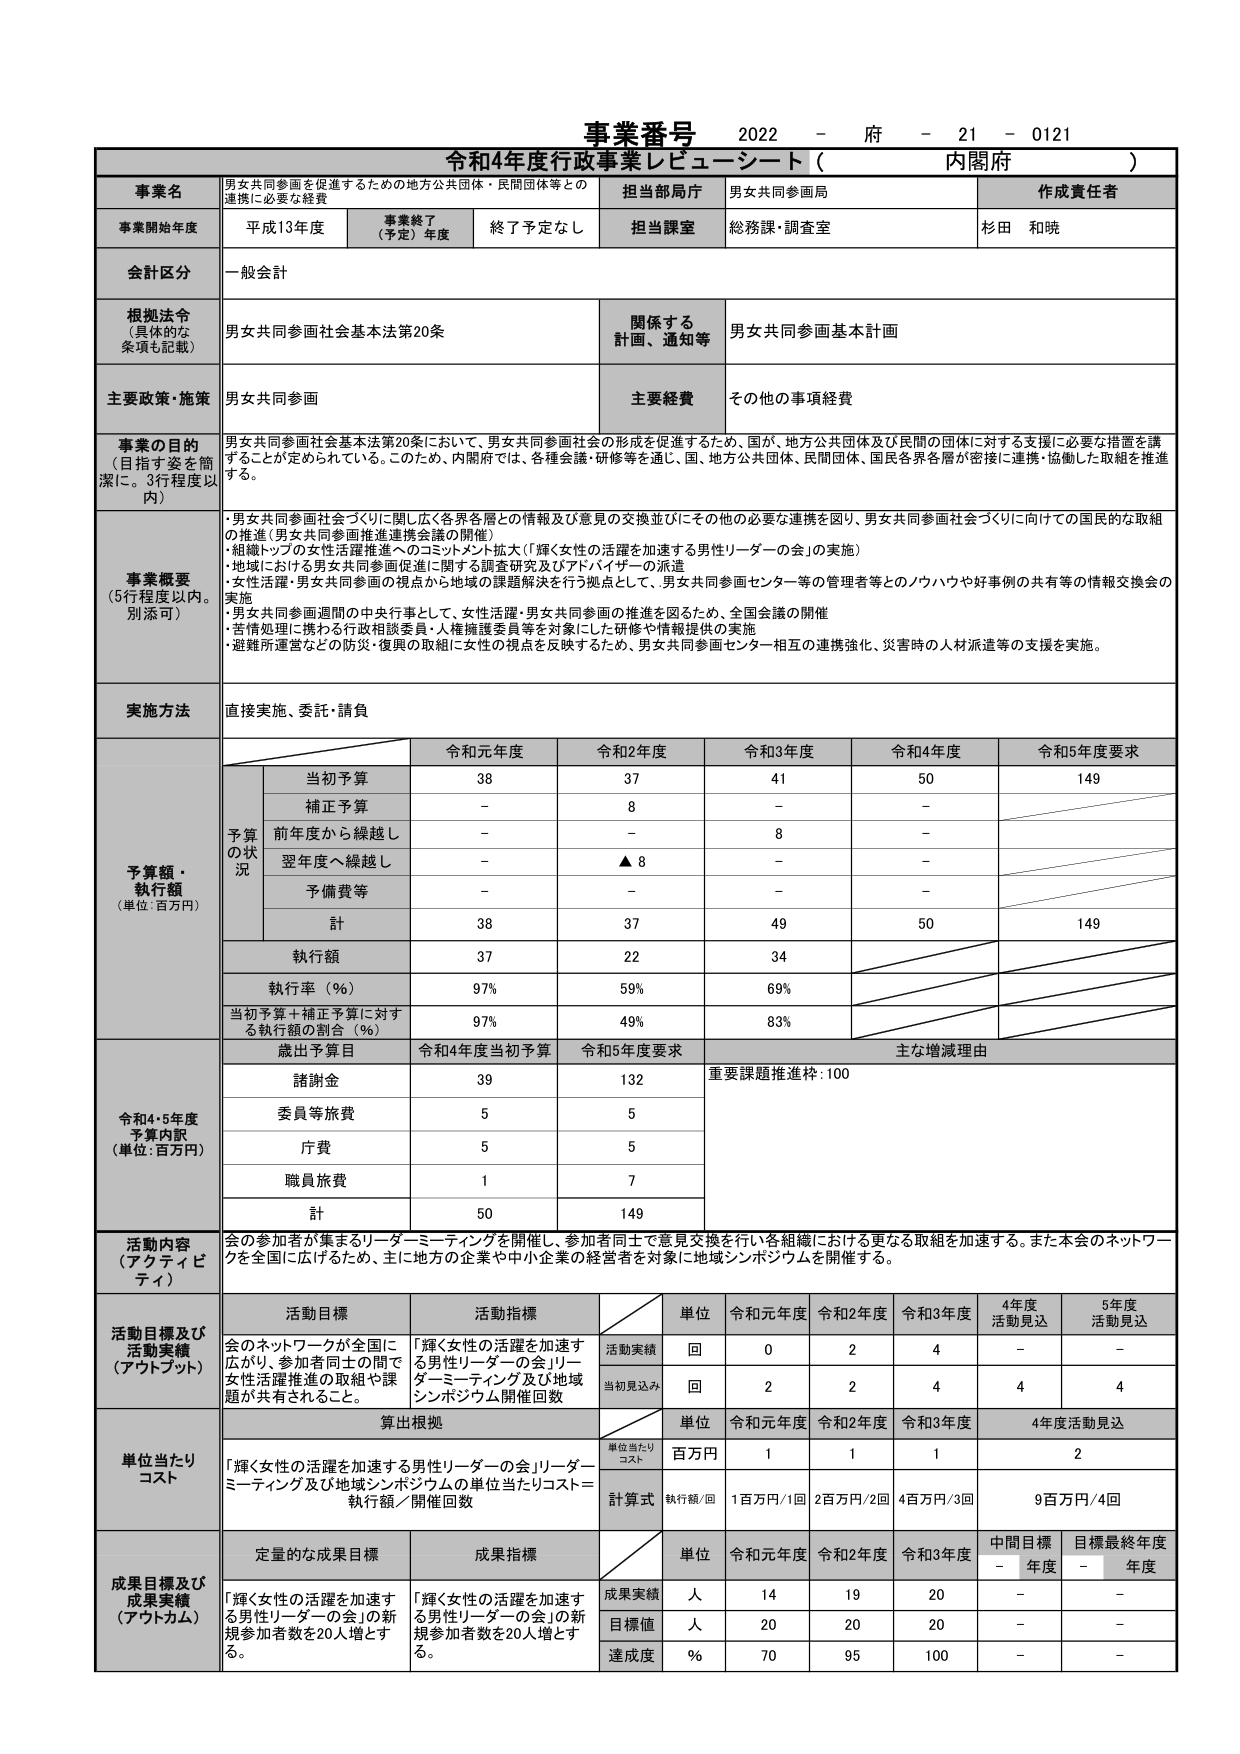
事業番号 2022 - 府 - 21 - 0121
令和4年度行政事業レビュー・シート（ 内閣府 ）

事業名 男女共同参画を促進するための地方公共団体・民間団体等との連携に必要な経費
担当部局庁 男女共同参画局
作成責任者 杉田 和暁

事業開始年度 平成13年度
事業終了（予定）年度 終了予定なし
担当課室 総務課・調査室

会計区分 一般会計

根拠法令（具体的な条項も記載） 男女共同参画社会基本法第20条
関係する計画、通知等 男女共同参画基本計画

主要政策・施策 男女共同参画
主要経費 その他の事項経費

事業の目的（目指す姿を簡潔に。3行程度以内）
男女共同参画社会基本法第20条において、男女共同参画社会の形成を促進するため、国が、地方公共団体及び民間の団体に対する支援に必要な措置を講ずることが定められている。このため、内閣府では、各種会議・研修等を通じ、国、地方公共団体、民間団体、国民各界各層が密接に連携・協働した取組を推進する。

事業概要（5行程度以内。別添可）
・男女共同参画社会づくりに関し広く各界各層との情報及び意見の交換並びにその他の必要な連携を図り、男女共同参画社会づくりに向けての国民的な取組の推進（男女共同参画推進連携会議の開催）
・組織トップの女性活躍推進へのコミットメント拡大（「輝く女性の活躍を加速する男性リーダーの会」の実施）
・地域における男女共同参画促進に関する調査研究及びアドバイザーの派遣
・女性活躍・男女共同参画の視点から地域の課題解決を行う拠点として、男女共同参画センター等の管理者等とのノウハウや好事例の共有等の情報交換会の実施
・男女共同参画週間の中央行事として、女性活躍・男女共同参画の推進を図るため、全国会議の開催
・苦情処理に携わる行政相談委員・人権擁護委員等を対象にした研修や情報提供の実施
・避難所運営などの防災・復興の取組に女性の視点を反映するため、男女共同参画センター相互の連携強化、災害時の人材派遣等の支援を実施。

実施方法 直接実施、委託・請負

予算額・執行額（単位：百万円）
予算の状況
令和元年度 令和2年度 令和3年度 令和4年度 令和5年度要求
当初予算 38 37 41 50 149
補正予算 - 8 - -
前年度から繰越し - - 8 -
翌年度へ繰越し - ▲8 - -
予備費等 - - - -
計 38 37 49 50 149
執行額 37 22 34
執行率（％） 97% 59% 69%
当初予算＋補正予算に対する執行額の割合（％） 97% 49% 83%

令和4・5年度予算内訳（単位：百万円）
歳出予算目 令和4年度当初予算 令和5年度要求 主な増減理由
諸謝金 39 132 重要課題推進枠：100
委員等旅費 5 5
庁費 5 5
職員旅費 1 7
計 50 149

活動内容（アクティビティ）
会の参加者が集まるリーダーミーティングを開催し、参加者同士で意見交換を行い各組織における更なる取組を加速する。また本会のネットワークを全国に広げるため、主に地方の企業や中小企業の経営者を対象に地域シンポジウムを開催する。

活動目標及び活動実績（アウトプット）
活動目標 活動指標 単位 令和元年度 令和2年度 令和3年度 4年度活動見込 5年度活動見込
会のネットワークが全国に広がり、参加者同士の間で女性活躍推進の取組や課題が共有されること。 「輝く女性の活躍を加速する男性リーダーの会」リーダーミーティング及び地域シンポジウム開催回数 活動実績 回 0 2 4 - -
当初見込み 回 2 2 4 4 4

単位当たりコスト
算出根拠 単位 令和元年度 令和2年度 令和3年度 4年度活動見込
単位当たりコスト 百万円 1 1 1 2
計算式 執行額/回 1百万円/1回 2百万円/2回 4百万円/3回 9百万円/4回

成果目標及び成果実績（アウトカム）
定量的な成果目標 成果指標 単位 令和元年度 令和2年度 令和3年度 中間目標 - 年度 目標最終年度 - 年度
「輝く女性の活躍を加速する男性リーダーの会」の新規参加者数を20人増とする。 「輝く女性の活躍を加速する男性リーダーの会」の新規参加者数を20人増とする。 成果実績 人 14 19 20 - -
目標値 人 20 20 20 - -
達成度 ％ 70 95 100 - -